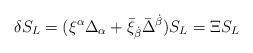
LaTeX: \begin{align*}\delta S_{L} = (\xi^{\alpha} \Delta_{\alpha} + \bar{\xi}_{\dot{\beta}} \bar{\Delta}^{\dot{\beta}}) S_{L} = \Xi S_{L} \end{align*}